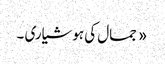
« جمال کی ہوشیاری ۔